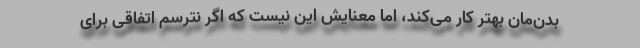
بدن‌مان بهتر کار می‌کند، اما معنایش این نیست که اگر نترسم اتفاقی برای